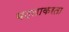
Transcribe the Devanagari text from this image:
बदलाकरता